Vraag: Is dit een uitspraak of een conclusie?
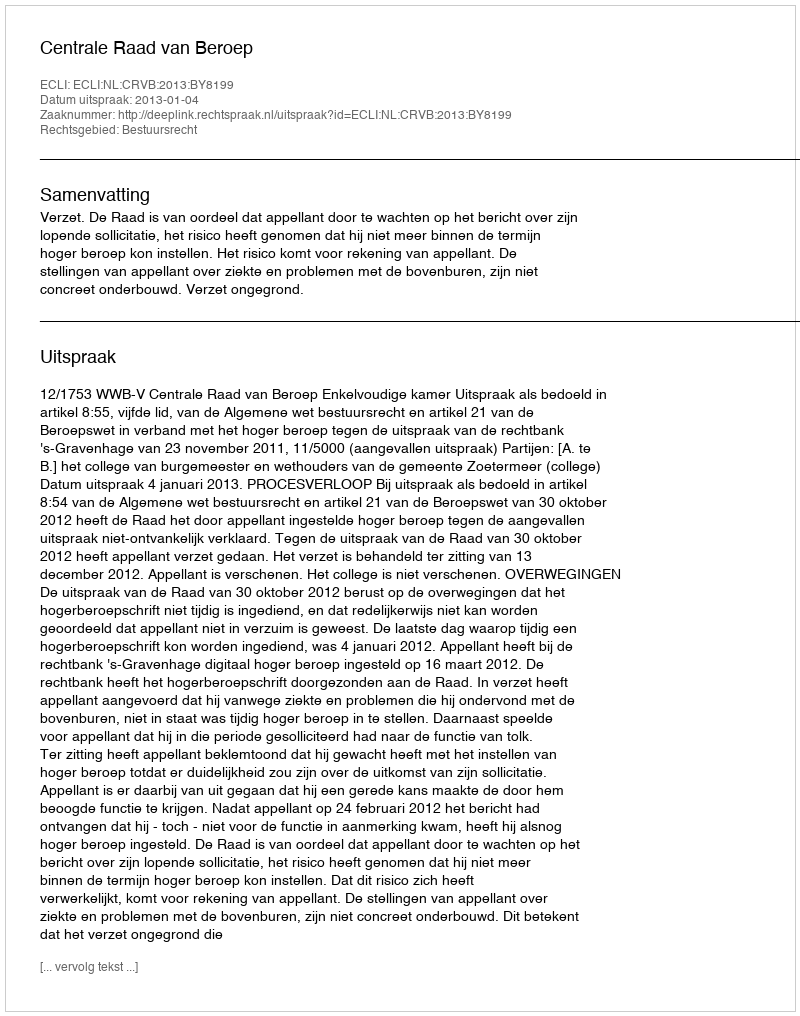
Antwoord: Uitspraak